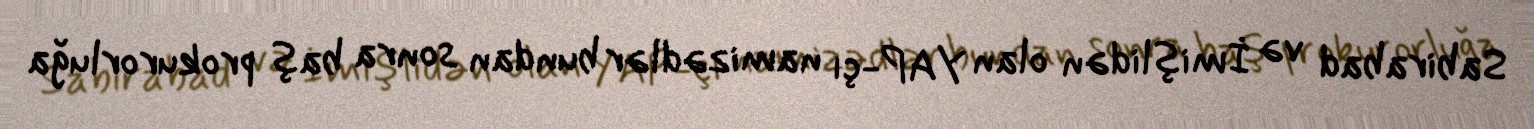
Sabirabad və İmişlidən olan YAP-çı namizədlər bundan sonra baş prokurorluğa